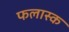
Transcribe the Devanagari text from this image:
फलास्क